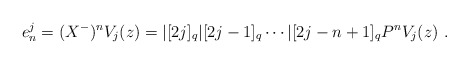
\begin{align*}e_n^j = (X^-)^nV_j(z) =|[2j]_q|[2j-1]_q \cdots|[2j-n+1]_q P^nV_j(z)~.\end{align*}